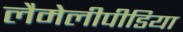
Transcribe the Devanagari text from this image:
लैमेलीपीडिया